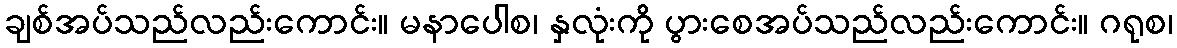
ချစ်အပ်သည်လည်းကောင်း။ မနာပေါစ၊ နှလုံးကို ပွားစေအပ်သည်လည်းကောင်း။ ဂရုစ၊